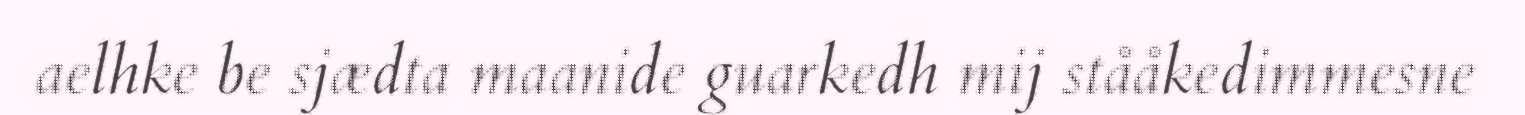
aelhke be sjædta maanide guarkedh mij stååkedimmesne